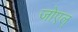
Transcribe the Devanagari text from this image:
जोएल्‌